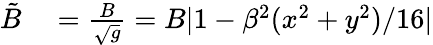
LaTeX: \begin{array}{rl}{\tilde{B}}&{{}=\frac{B}{\sqrt{g}}=B|1-\beta^{2}(x^{2}+y^{2})/16|}\end{array}